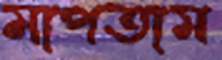
মাপতাম